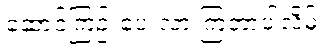
ဆောင်ကြဉ်းပေးလာ ကြတာပါလိမ့်။